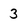
Character: 3